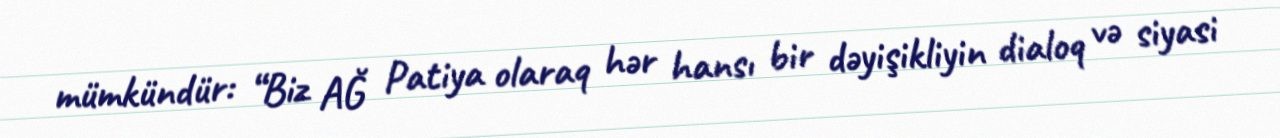
mümkündür: “Biz AĞ Patiya olaraq hər hansı bir dəyişikliyin dialoq və siyasi